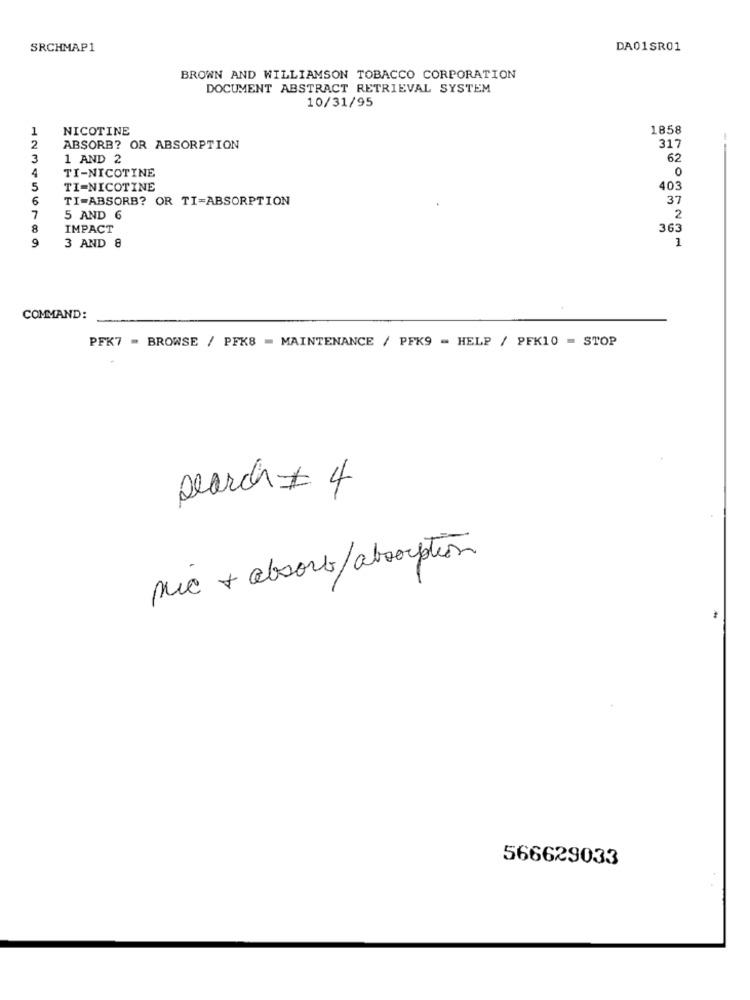
SRCHMAP1
DA01SR01
BROWN AND WILLIAMSON TOBACCO CORPORATION
DOCUMENT ABSTRACT RETRIEVAL SYSTEM
10/31/95
1
NICOTINE
1858
2
ABSORB? OR ABSORPTION
317
3
1 AND 2
62
4
TI-NICOTINE
0
5
TI-NICOTINE
403
6
TI-ABSORB? OR TI=ABSORPTION
37
7
5 AND 6
2
8
IMPACT
363
9
1
3 AND 8
COMMAND:
PFK7 = BROWSE / PFK8 = MAINTENANCE / PFK9 - HELP / PFK10 = STOP
search # 4
mic + absorb/absorption
566629033